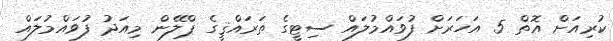
ކުރިއަށް އޮތް 5 އަހަރަށް ފުވައްމުލައް ސިޓީގެ ތަރައްޤީގެ ޕްލޭން މިއަދު ފުވައްމުލައް